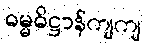
ဓမ္မဓိဋ္ဌာန်ကျကျ